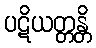
ပဋိယတ္တန္တိ